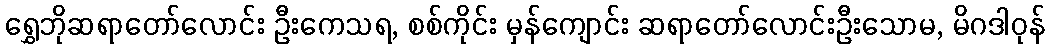
ရွှေဘိုဆရာတော်လောင်း ဦးကေသရ, စစ်ကိုင်း မှန်ကျောင်း ဆရာတော်လောင်းဦးသောမ, မိဂဒါဝုန်